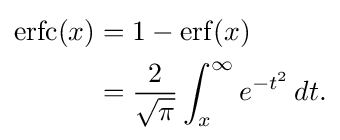
{\begin{aligned}\operatorname {erfc} (x)&=1-\operatorname {erf} (x)\\&={\frac {2}{\sqrt {\pi }}}\int _{x}^{\infty }e^{-t^{2}}\,dt.\end{aligned}}